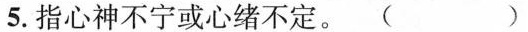
5.指心神不宁或心绪不定。（）